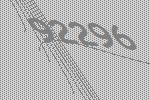
92296